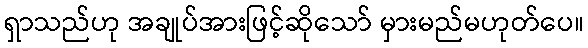
ရှာသည်ဟု အချုပ်အားဖြင့်ဆိုသော် မှားမည်မဟုတ်ပေ။